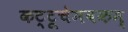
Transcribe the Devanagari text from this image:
कट्टूचेमबकम्